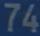
74